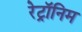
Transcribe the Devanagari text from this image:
रेट्रॉनिम